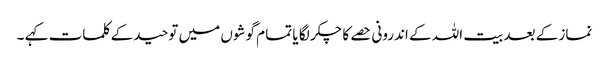
نماز کے بعد بیت اللہ کے اندرونی حصے کا چکر لگا یا تما م گوشوں میں توحید کے کلمات کہے ۔